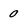
Character: 0